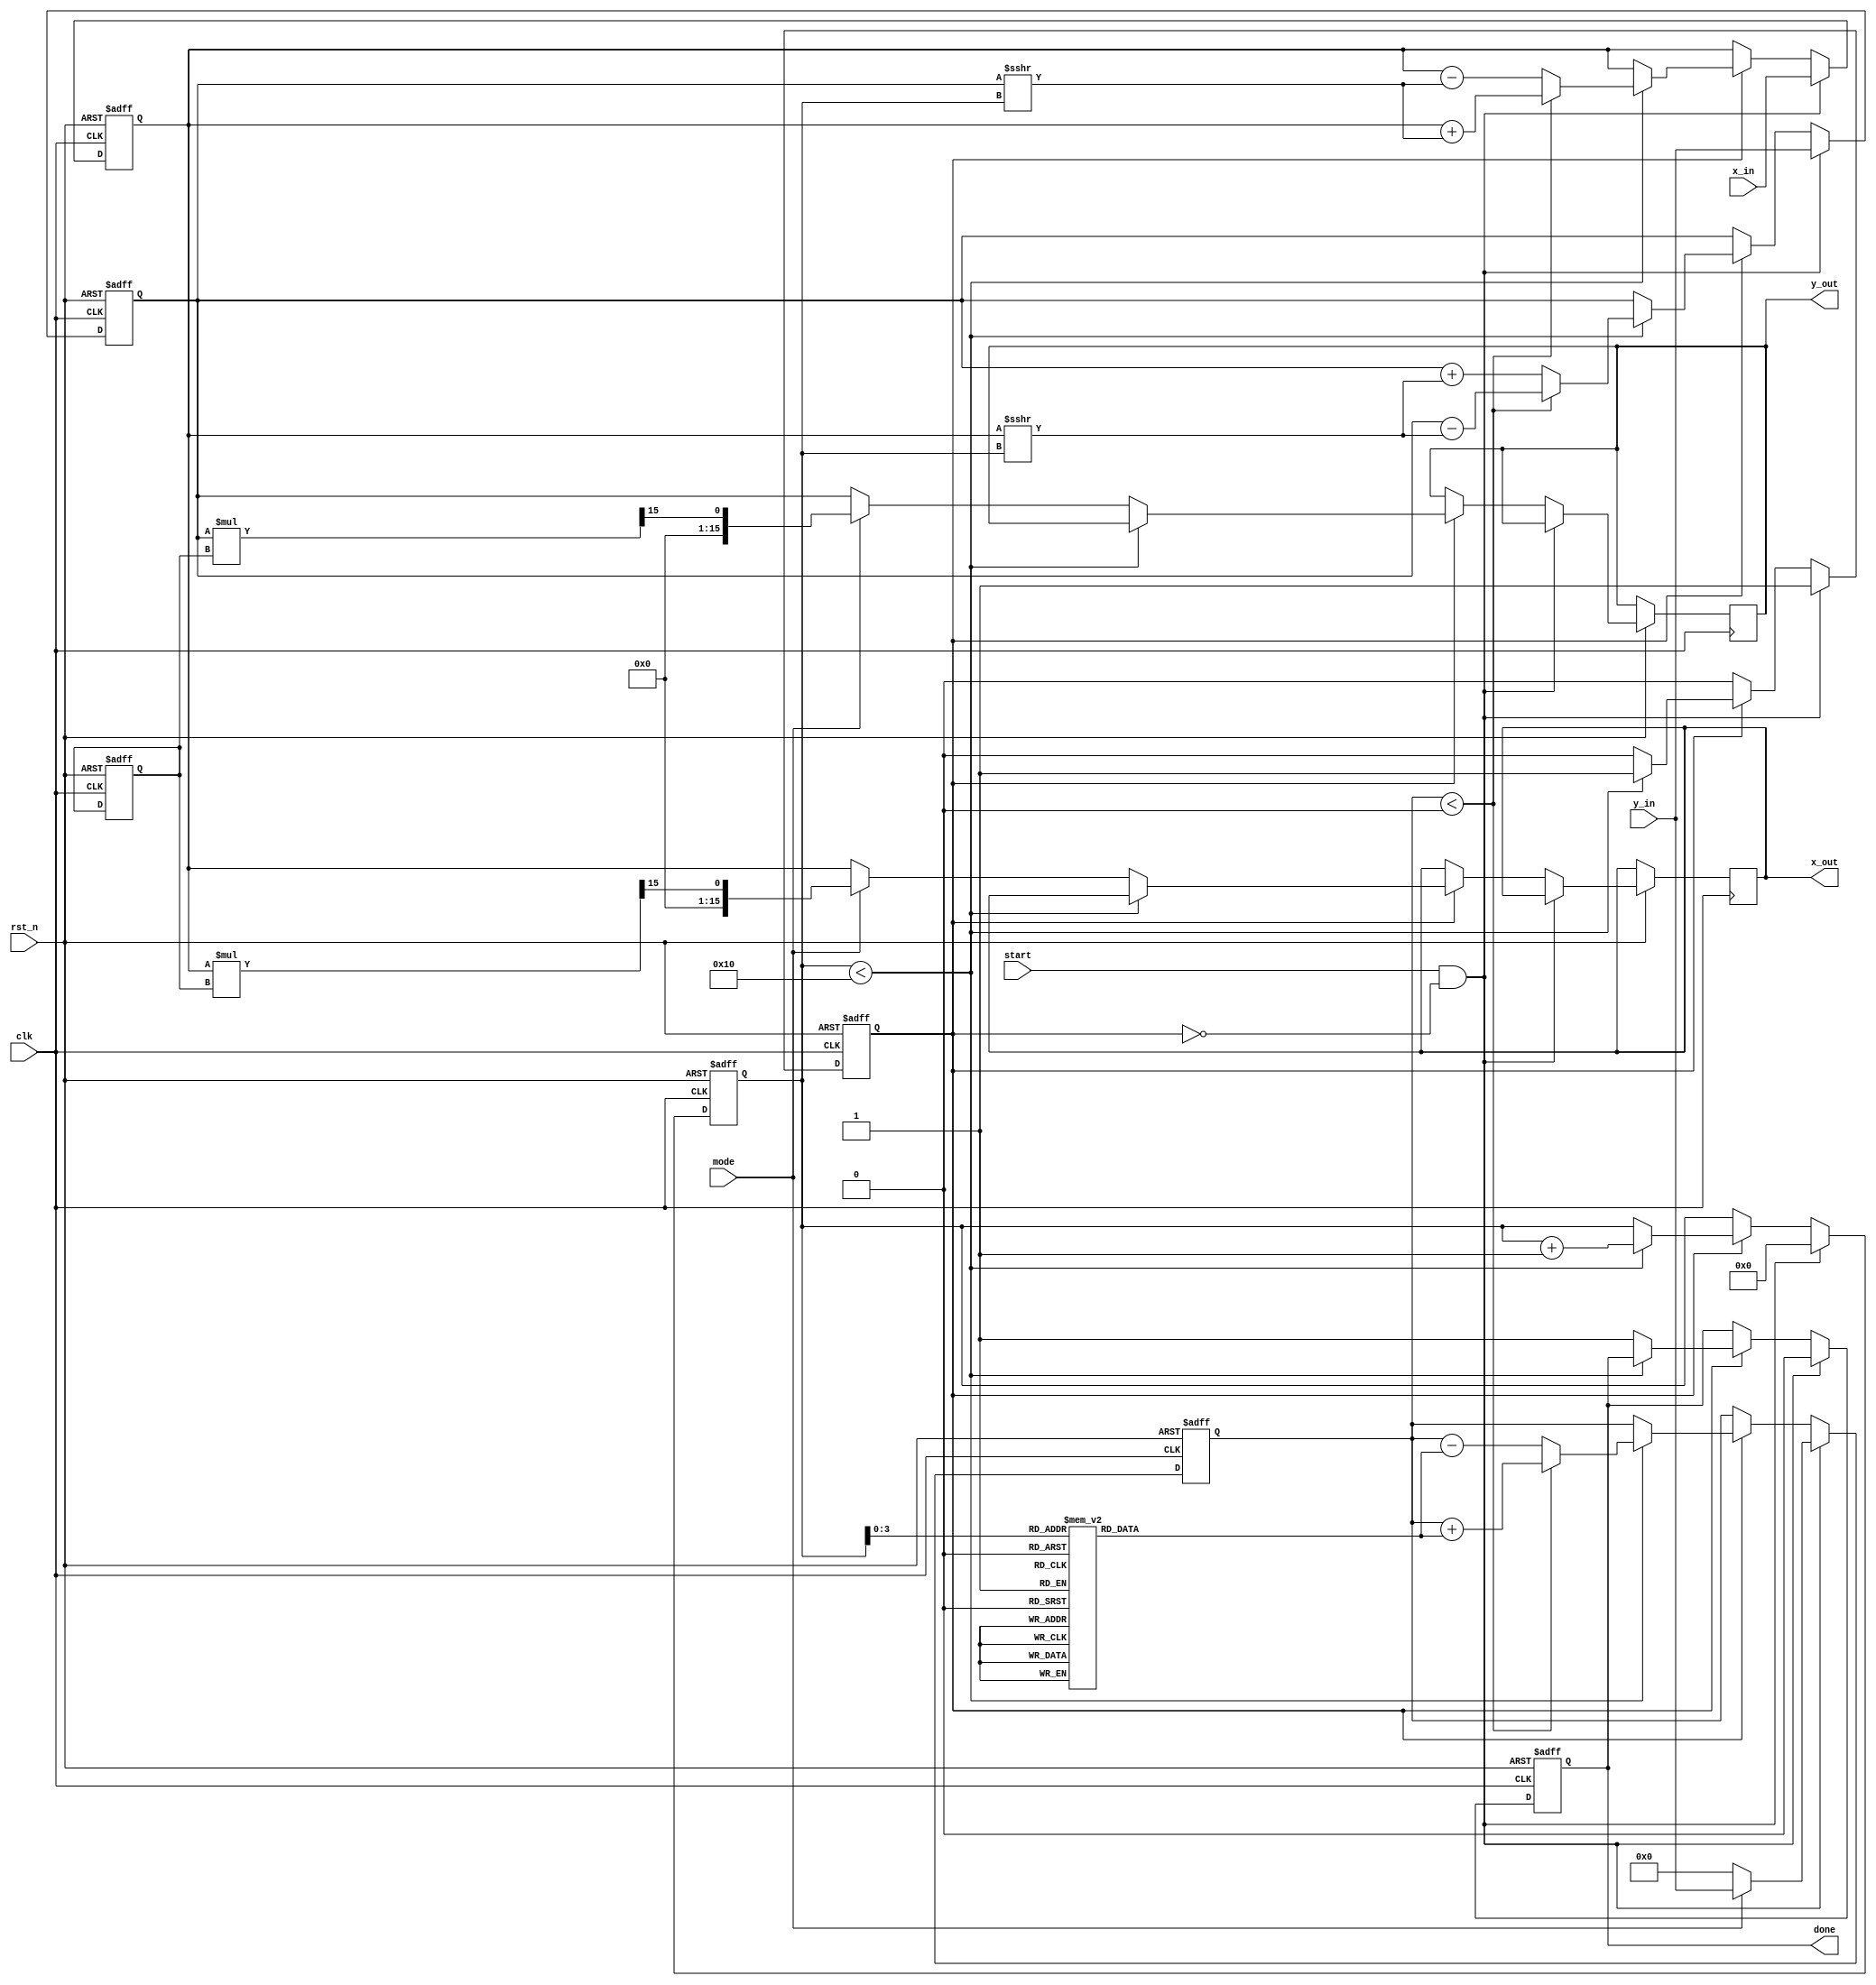
module modified_cordic #(
    parameter DATA_WIDTH = 16,  // Configurable data width
    parameter ITERATIONS = 16    // Number of CORDIC iterations
)(
    input wire clk,
    input wire rst_n,
    input wire start,
    input wire mode,  // 0 for rotation, 1 for vectoring
    input wire [DATA_WIDTH-1:0] x_in,  // X coordinate or magnitude
    input wire [DATA_WIDTH-1:0] y_in,  // Y coordinate or angle
    output reg [DATA_WIDTH-1:0] x_out,
    output reg [DATA_WIDTH-1:0] y_out,
    output reg done
);

    // CORDIC angle lookup table (in radians, scaled by 2^DATA_WIDTH)
    reg [DATA_WIDTH-1:0] atan_table [0:ITERATIONS-1];
    initial begin
        // Populate the atan_table with precomputed values
        // Example values for atan(2^-i) * 2^DATA_WIDTH
        atan_table[0] = 16'h2000;  // atan(1) = 45 degrees
        atan_table[1] = 16'h1000;  // atan(0.5) = 26.565 degrees
        atan_table[2] = 16'h0800;  // atan(0.25) = 14.036 degrees
        // Add more values as needed...
    end

    reg [DATA_WIDTH-1:0] x_reg, y_reg, z_reg;
    reg [4:0] iteration;
    reg [DATA_WIDTH-1:0] scale_factor;
    reg processing;

    // Scaling factor for CORDIC convergence
    always @(posedge clk or negedge rst_n) begin
        if (!rst_n) begin
            scale_factor <= 16'h1C8F; // Example scale factor for 16 iterations
        end else begin
            // Scaling factor can be adjusted based on the number of iterations
        end
    end

    // CORDIC processing
    always @(posedge clk or negedge rst_n) begin
        if (!rst_n) begin
            x_reg <= 0;
            y_reg <= 0;
            z_reg <= 0;
            iteration <= 0;
            processing <= 0;
            done <= 0;
        end else if (start && !processing) begin
            // Initialize inputs
            x_reg <= x_in;
            y_reg <= y_in;
            z_reg <= mode ? y_in : 0; // Angle for rotation or 0 for vectoring
            iteration <= 0;
            processing <= 1;
            done <= 0;
        end else if (processing) begin
            if (iteration < ITERATIONS) begin
                // CORDIC iteration logic
                if (z_reg < 0) begin
                    x_reg <= x_reg + (y_reg >>> iteration);
                    y_reg <= y_reg - (x_reg >>> iteration);
                    z_reg <= z_reg + atan_table[iteration];
                end else begin
                    x_reg <= x_reg - (y_reg >>> iteration);
                    y_reg <= y_reg + (x_reg >>> iteration);
                    z_reg <= z_reg - atan_table[iteration];
                end
                iteration <= iteration + 1;
            end else begin
                // Final scaling
                if (mode) begin
                    x_out <= x_reg * scale_factor >>> (DATA_WIDTH - 1);
                    y_out <= y_reg * scale_factor >>> (DATA_WIDTH - 1);
                end else begin
                    x_out <= x_reg;
                    y_out <= y_reg;
                end
                processing <= 0;
                done <= 1;
            end
        end
    end
endmodule